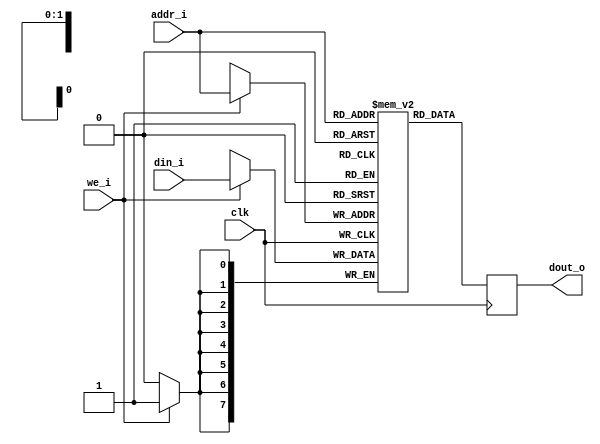
// This program was cloned from: https://github.com/mbaykenar/digital-logic-design
// License: Apache License 2.0

`timescale 1ns / 1ps
//////////////////////////////////////////////////////////////////////////////////
// Company: 
// Engineer: 
// 
// Design Name: 
// Module Name: ram
// Project Name: 
// Target Devices: 
// Tool Versions: 
// Description: 
// 
// Dependencies: 
// 
// Revision:
// Revision 0.01 - File Created
// Additional Comments:
// 
//////////////////////////////////////////////////////////////////////////////////

module ram
#(
parameter RAM_WIDTH = 8,                    // Specify RAM data width
parameter RAM_DEPTH = 4                     // Specify RAM depth (number of entries)
) 
(
input clk,                               // Clock
input we_i,                              // Write enable
input [clogb2(RAM_DEPTH-1)-1:0] addr_i,  // Address bus, width determined from RAM_DEPTH
input [RAM_WIDTH-1:0] din_i,             // RAM input data
output [RAM_WIDTH-1:0] dout_o            // RAM output data
);

// block, distributed, registers, auto
(* ram_style="auto" *)

reg [RAM_WIDTH-1:0] BRAM [RAM_DEPTH-1:0];
reg [RAM_WIDTH-1:0] ram_data = {RAM_WIDTH{1'b0}};

always @(posedge clk) begin
    // write
    if (we_i == 1'b1) begin
        BRAM[addr_i]    <= din_i;        
    end
    // read
    ram_data        <= BRAM[addr_i];
end

assign dout_o = ram_data;

//  The following function calculates the address width based on specified RAM depth
function integer clogb2;
input integer depth;
  for (clogb2=0; depth>0; clogb2=clogb2+1)
    depth = depth >> 1;
endfunction

endmodule